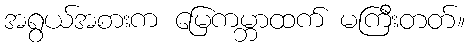
အရွယ်အစားက မြေကမ္ဘာထက် မကြီးတတ်။